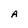
Character: A